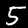
Digit: 5